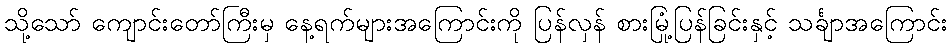
သို့သော် ကျောင်းတော်ကြီးမှ နေ့ရက်များအကြောင်းကို ပြန်လှန် စားမြုံ့ပြန်ခြင်းနှင့် သင်္ချာအကြောင်း